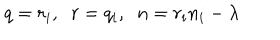
LaTeX: q = r _ { i } , \; \; r = q _ { i } , \; \; n = r _ { i } n _ { i } - \lambda